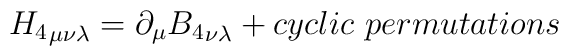
{H_4}_{\mu\nu\lambda} = \partial_{\mu} {B_4}_{\nu\lambda}+ cyclic ~permutations